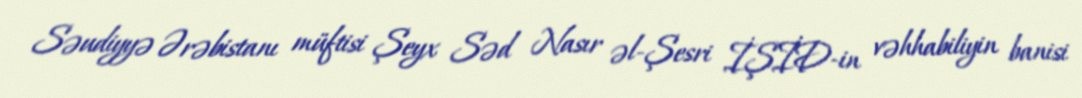
Səudiyyə Ərəbistanı müftisi Şeyx Səd Nasır əl-Şesri İŞİD-in vəhhabiliyin banisi